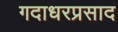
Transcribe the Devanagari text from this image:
गदाधरप्रसाद